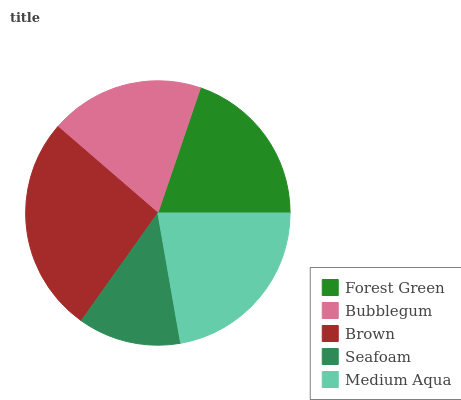
| Forest Green | Bubblegum | Brown | Seafoam | Medium Aqua |
 | --- | --- | --- | --- | --- |
 | 19.7% | 18.9% | 26.4% | 12.6% | 22.3% |